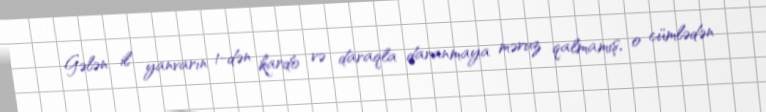
Gələn il yanvarın 1-dən kardo və daraqla daranmaya məruz qalmamış, o cümlədən